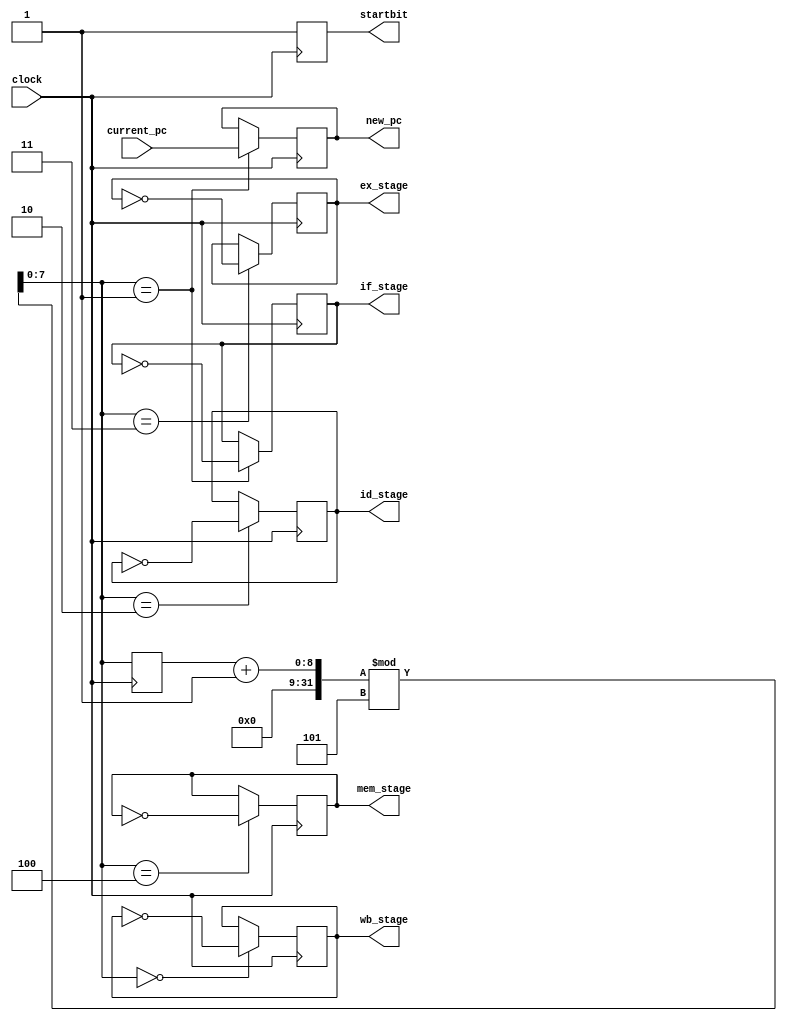
`timescale 1ns / 1ps
module program_counter(
    input clock,

    input [7:0] current_pc,
    output [7:0] new_pc,
  
    output if_stage,
    output id_stage,
    output ex_stage,
    output mem_stage,
    output wb_stage,
    
    output startbit
    );
   
    reg [7:0] current_pc_temp;
    reg [7:0] new_pc_temp;
    
    reg if_stage_temp;
    reg id_stage_temp;
    reg ex_stage_temp;
    reg mem_stage_temp;
    reg wb_stage_temp;
    
    reg startbit_temp; // used only for the very beginning
   
    reg [7:0] newstage;
    
    initial
    begin
        current_pc_temp = 0;
        new_pc_temp = 0;
        
        if_stage_temp = 0;
        id_stage_temp = 0;
        ex_stage_temp = 0;
        mem_stage_temp = 0;
        wb_stage_temp = 0;
        
        startbit_temp = 0;
        
        newstage=0;
    end
    
    always @(posedge clock)
    begin 
        startbit_temp = 1;  
        
        newstage = (newstage + 1) % 5;
        case(newstage)
            1: begin
                new_pc_temp = current_pc;
                if_stage_temp = ~if_stage_temp;
                //new_pc_temp = current_pc;
               end
            2: begin
                id_stage_temp = ~id_stage_temp;
               end
            3: begin
                ex_stage_temp = ~ex_stage_temp;
               end
            4: begin
                mem_stage_temp = ~mem_stage_temp;
               end
            0: begin
                wb_stage_temp = ~wb_stage_temp;
               end
        endcase
    end
    
    assign new_pc = new_pc_temp;

    assign if_stage = if_stage_temp;
    assign id_stage = id_stage_temp;
    assign ex_stage = ex_stage_temp;
    assign mem_stage = mem_stage_temp;
    assign wb_stage = wb_stage_temp;
    
    assign startbit = startbit_temp;
    
endmodule